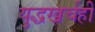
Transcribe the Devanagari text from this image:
युद्धखर्चही